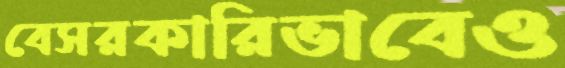
বেসরকারিভাবেও